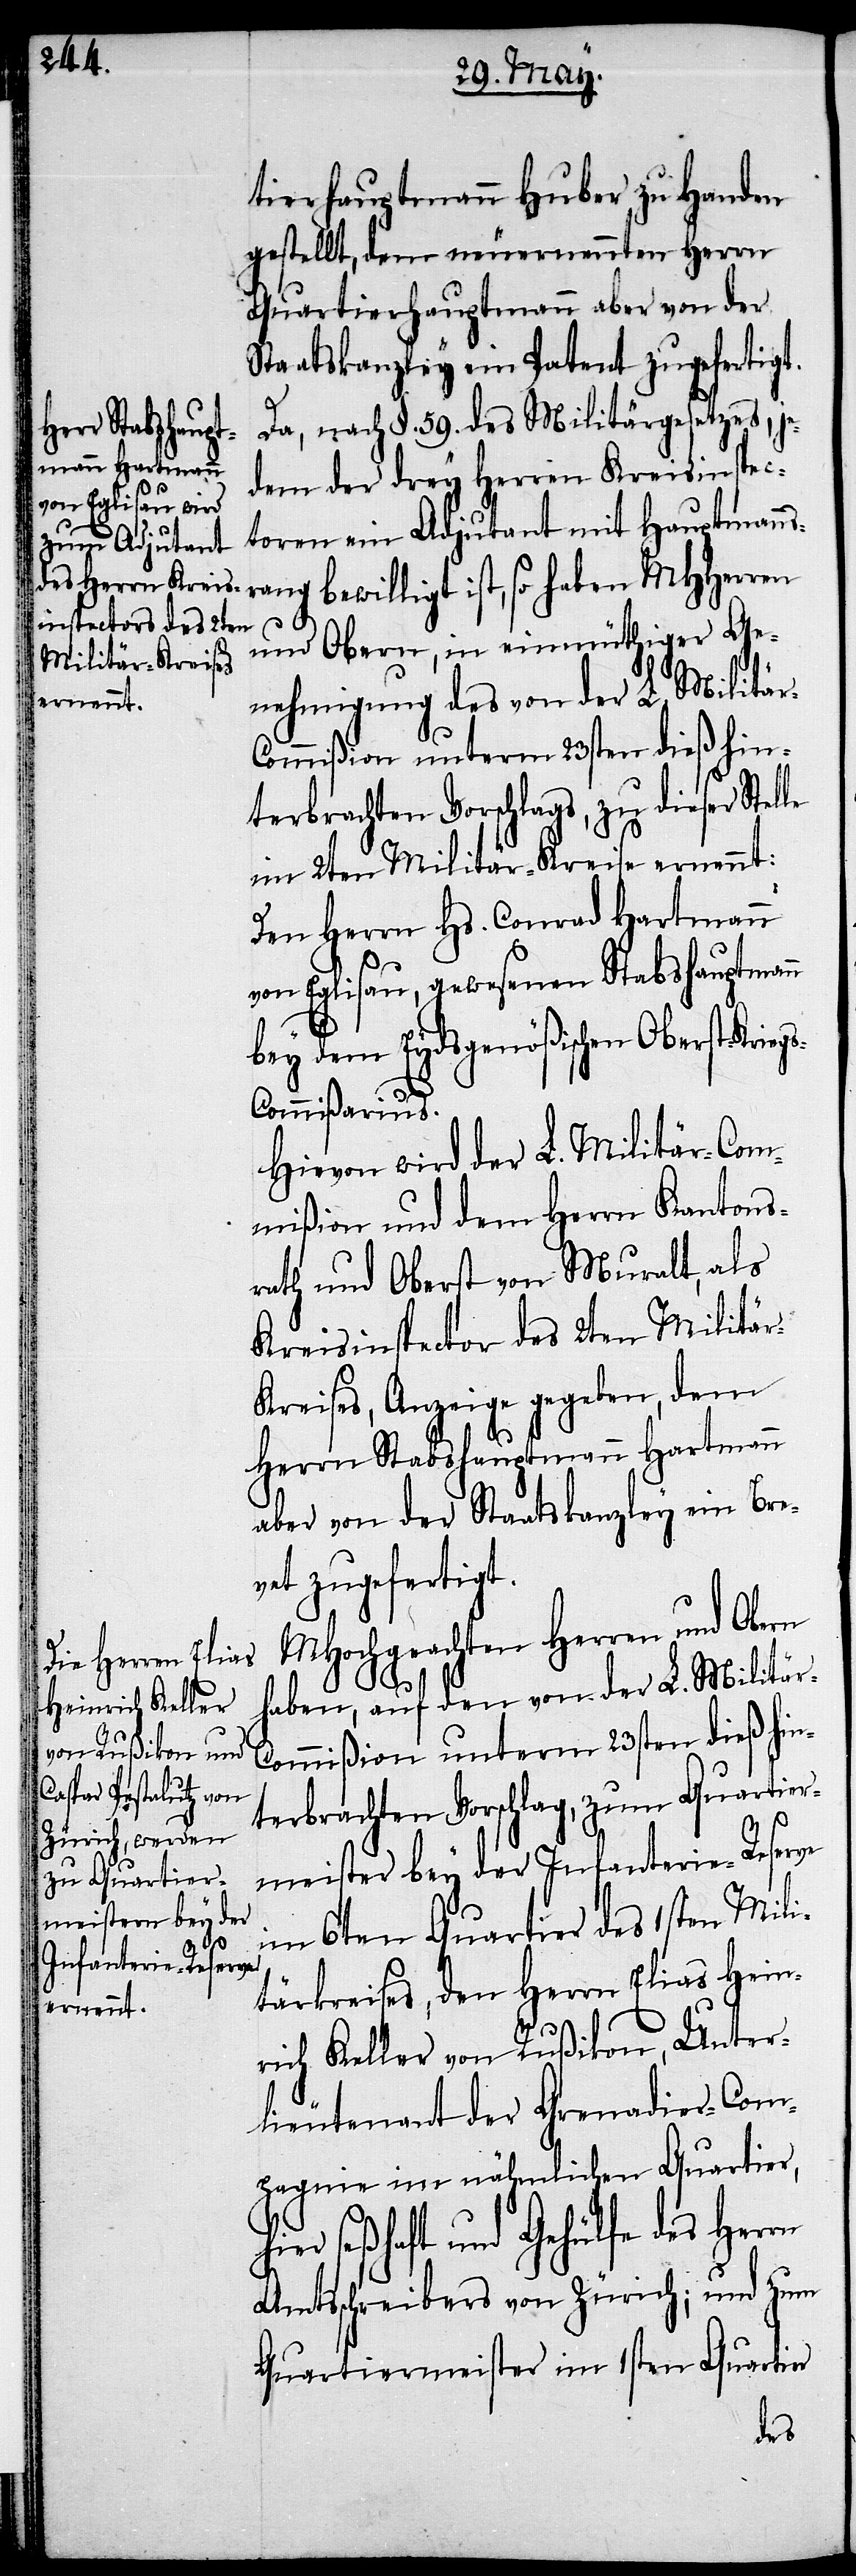
tierhauptmann Huber zu Handen
gestellt, dem neuernennten Herrn
Quartierhauptmann aber von der
Staatskanzley ein Patent zugefertigt.
Da, nach §. 59. des Militärgesetzes, je¬
dem der drey Herren Kreisinspec¬
toren ein Adjuntant mit Hauptmanns¬
rang bewilligt ist, so haben MHHerren
h¬
und Obern, in einmüthiger Ge¬
nehmigung des von der L. Militä¬
r-Commißion unterm 23sten dieß hin¬
terbrachten Vorschlags, zu dieser Stel¬
im 2ten Militär-Kreise ernennt:
Den Herrn Hs. Conrad Hartmann
von Eglisau, gewesenen Stabshauptmann
bey dem Eydsgenößischen Oberst-Krieg¬
r-C¬
s-Commißarius.
Hievon wird der L. Militär-Com¬
mißion und dem Herrn Kantons¬
rath und Oberst von Muralt, als
Kreisinspector des 2ten Militä¬
r-Kreises, Anzeige gegeben, dem
Herrn Stabshauptmann Hartmann
aber von der Staatskanzley ein Bre¬
vet zugefertigt.
MHochgeachten Herren und Obern
haben, auf den von der L. Militä¬
ommißion unterm 23sten dieß hin¬
terbrachten Vorschlag, zum Quartier¬
meister bey der Infanterie-Reserve
im 6ten Quartier des 1sten Mili¬
tärkreises, den Herrn Elias Hein¬
rich Keller von Rußikon, Unter¬
lieutenant der Grenadier-Com¬
pagnie im nähmlichen Quartier,
ier seßhaft und Gehülfe des Herrn
Amtsschreibers von Zürich; und zum
Quartiermeister im 1sten Quartier